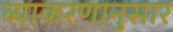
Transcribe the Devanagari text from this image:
व्याकरणानुसार